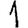
Digit: 1